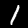
Label: 1